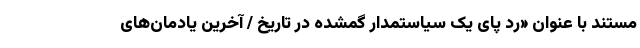
مستند با عنوان «رد پای یک سیاستمدار گمشده در تاریخ / آخرین یادمان‌های